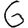
Digit: 6